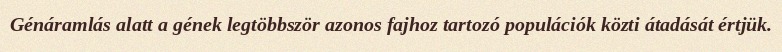
Génáramlás alatt a gének legtöbbször azonos fajhoz tartozó populációk közti átadását értjük.